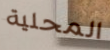
المحلية